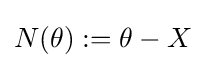
N(\theta ):=\theta -X